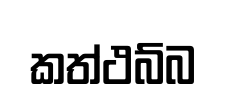
කත්ථබ්බ